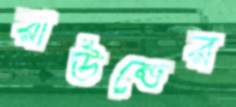
রাউন্ডের